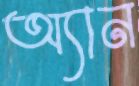
অ্যান